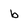
Character: b